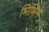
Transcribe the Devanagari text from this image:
भिभिन